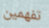
تفهمين